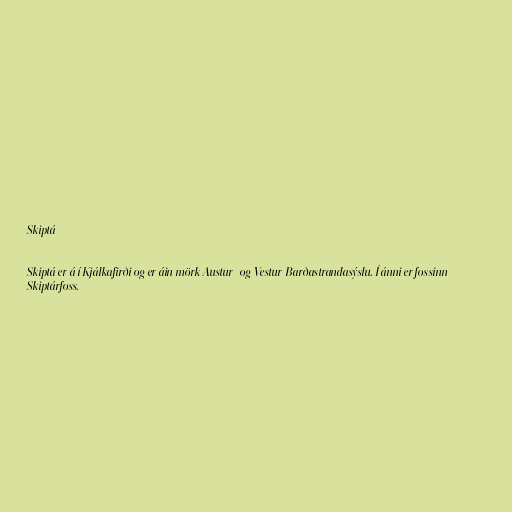
Skiptá

Skiptá er á í Kjálkafirði og er áin mörk Austur- og Vestur-Barðastrandasýslu. Í ánni er fossinn
Skiptárfoss.